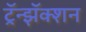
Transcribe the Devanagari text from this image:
ट्रॅन्झॅक्शन